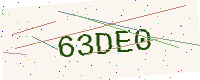
Text: 63DE0